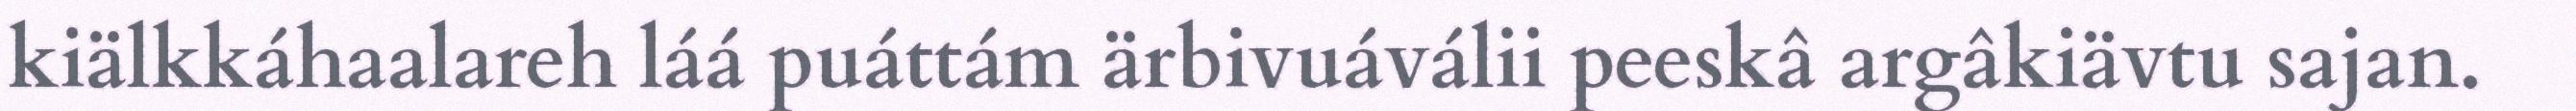
kiälkkáhaalareh láá puáttám ärbivuáválii peeskâ argâkiävtu sajan.